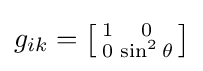
\textstyle g_{ik}=\left[{\begin{smallmatrix}1&0\\0&\sin ^{2}\theta \end{smallmatrix}}\right]